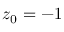
z _ { 0 } = - 1